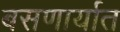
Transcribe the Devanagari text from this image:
बसणार्यात